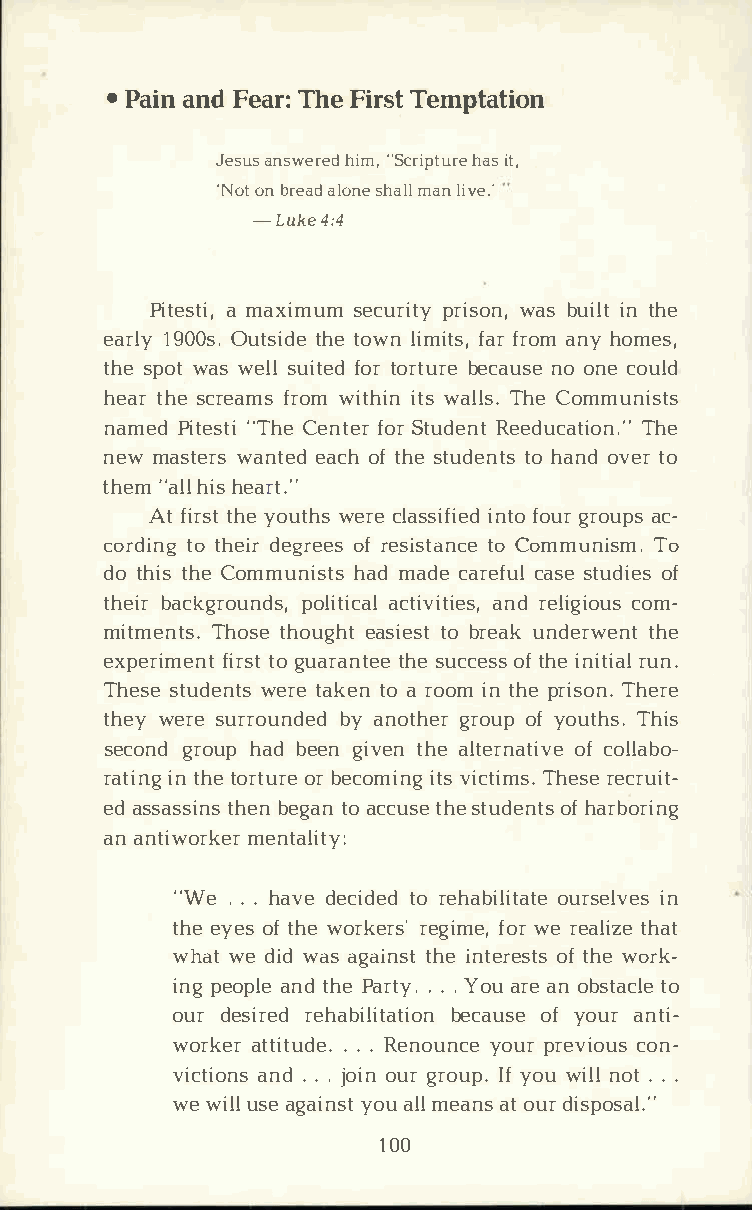
•P aiannF de aTrh:Fe i rTsetm ptation
 Jesaunss wehriemd", S criphtauisrt e,
 'Nootnb reaaldo ne msahnla ilvle .'
 -Luke4:4
 Piteasm taix,i msuemc urpirtiysw oansb, u iilntt h e
 ear1l9y0 0Osu.t stihdteeo wlni miftafsrr, o amn yh omes,
 thsep owta sw elslu itfeotdro rtbuercea nuoso en ceo uld
 heatrh sec refarmoswm i thiitwnsa lTlhse.C ommunists
 namePdi te"sTthCiee ntfeoSrrt udReenetd ucaTthieo n."
 newm astwearnst eeadco hft hset udetnoht asno dv etro
 the"ma llh erhtai".s
 Atf irtshyteo utwhesrc el assiinftfiooe ugdrr ouapcs­
 cordtiont gh edierg roefer se sisttoaC nocmem uniTsom .
 dot hitshC eo mmunihsadtm sa dcea recfausslet udoife s
 thebiarc kgropuonldista,ic tciavlai ntdri eelsi,g cioomu­s
 mitmeTnhtoss.te h ouegahsti teobs rte uankd erwtehnet
 experifmiertnsogtt u aratnhtseeu ec coefts hsie n irtuina.l
 Thessetu dewnetrtsea kteona r ooimnt hper isTohne.r e
 thewye rseu rroubnyda endo tghreoruo pfy outThhsi.s
 second   hgardbo euepn gtihvaeel nt ernoafct oilvlea bo­
 ratiinnt ght eo rtourbr eec omiitvnsig c tTihmesrs.ee c ruit­
 eda ssastshiebnnes g taona ccutshseet udeonfht asr boring
 ana ntiworker     mentality:
 "We. .h.a vdee citdoer de habioluirtsaetilenv es
 theey eosft hweo rkers'f orwree rg eiamlei,z e that
 whawte d iwda sa gaintshtie n teroefts htweso rk­
 inpge opalnetd h Pea r.t.y.Y .o ua raen o bsttaoc le
 ourd esirreehda bilbietcaatuoisfoye no uarn ti-
 workaetrt i.t..u.dR ee nouynocuepr r evicoouns-
 victaino.dn. sj. o ionug rr ouIpyf.o uw inlol.t . .
 wew iulslae g aiynosautl m le anasto udri sposal."
 100